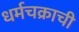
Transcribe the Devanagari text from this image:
धर्मचक्राची